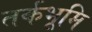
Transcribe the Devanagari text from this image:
तर्कभूमि